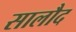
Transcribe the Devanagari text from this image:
सालौद